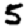
Digit: 5